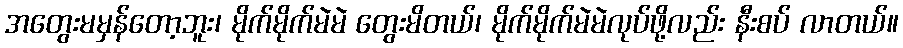
အတွေးမမှန်တော့ဘူး၊ မိုက်မိုက်မဲမဲ တွေးမိတယ်၊ မိုက်မိုက်မဲမဲလုပ်ဖို့လည်း နီးစပ် လာတယ်။